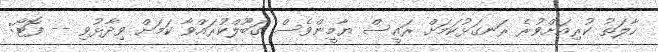
ހާލަތު ކުރިއަށްވުރެ ރަނގަޅުކަމަށް ރައީސް ޔާމީންވެސް ގަބޫލްކުރައްވާ ކަމަށް ވިދާޅުވި -- ފޮޓޯ: